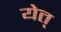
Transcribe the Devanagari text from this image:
येत्